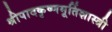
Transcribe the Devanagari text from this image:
श्रीपादकृष्णमूर्तिशास्त्री